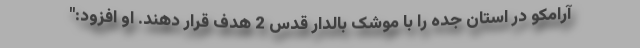
آرامکو در استان جده را با موشک بالدار قدس 2 هدف قرار دهند. او افزود:"